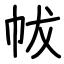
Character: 帗